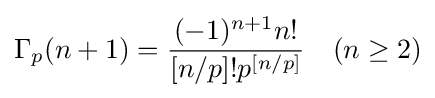
\Gamma _{p}(n+1)={\frac {(-1)^{n+1}n!}{[n/p]!p^{[n/p]}}}\quad (n\geq 2)